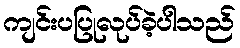
ကျင်းပပြုလုပ်ခဲ့ပါသည်